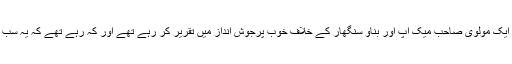
ایک دفعہ ایک مولوی صاحب میک اپ اور بناؤ سنگھار کے خلاف خوب پرجوش انداز میں تقریر کر رہے تھے اور کہ رہے تھے کہ یہ سب حرام ہے۔